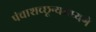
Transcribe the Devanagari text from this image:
पंचाशच्छून्यमध्यगे